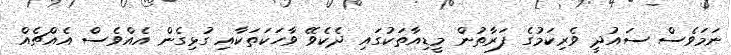
ނަމަވެސް ސައުދީ ވެރިކަމުގެ ފަރާތުން މީޑިއާތަކުގައި ދެކެވޭ ވާހަކަތަކާއި ގުޅިގެން އެއްވެސް އެއްޗެއް